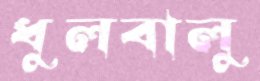
ধুলবালু